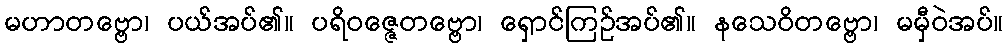
မဟာတဗ္ဗော၊ ပယ်အပ်၏။ ပရိဝဇ္ဇေတဗ္ဗော၊ ရှောင်ကြဉ်အပ်၏။ နသေဝိတဗ္ဗော၊ မမှီဝဲအပ်။